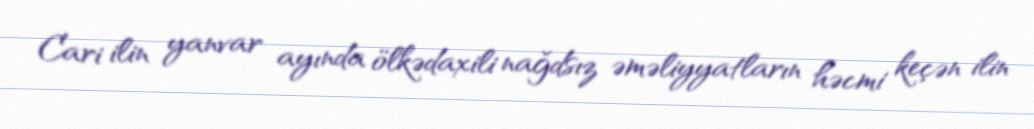
Cari ilin yanvar ayında ölkədaxili nağdsız əməliyyatların həcmi keçən ilin